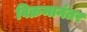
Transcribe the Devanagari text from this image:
विक्रमानंतर